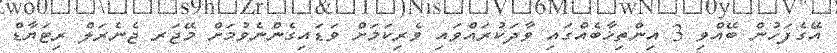
އޭގެފަހުން ބޭއްވި 3 އިންތިޚާބެއްގައި ވާދަކުރައްވައި ވެރިކަމަށް ވަޑައިގެންނެވުމަށް މޭޖަރ ޖެނެރަލް ރިޓަޔާޑް